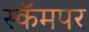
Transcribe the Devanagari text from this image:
स्कॅमपर